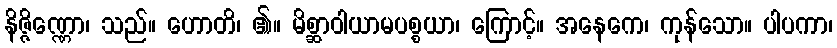
နိဇ္ဇိဏ္ဏော၊ သည်။ ဟောတိ၊ ၏။ မိစ္ဆာဝါယာမပစ္စယာ၊ ကြောင့်။ အနေကေ၊ ကုန်သော။ ပါပကာ၊